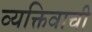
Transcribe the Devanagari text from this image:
व्यक्तिवाची